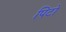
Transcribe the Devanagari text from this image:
पिटो